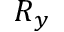
R _ { y }